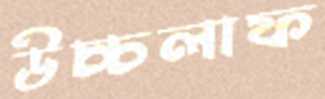
উচ্চলাফ